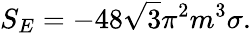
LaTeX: S_{E}=-48\sqrt{3}{\pi}^{2}m^{3}\sigma.